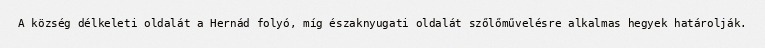
A község délkeleti oldalát a Hernád folyó, míg északnyugati oldalát szőlőművelésre alkalmas hegyek határolják.